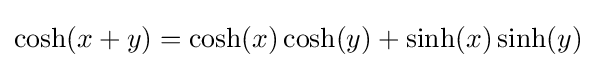
\cosh(x+y)=\cosh(x)\cosh(y)+\sinh(x)\sinh(y)